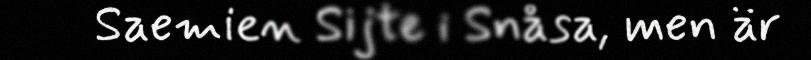
Saemien Sijte i Snåsa, men är